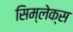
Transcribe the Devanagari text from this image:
सिम्लेक्स